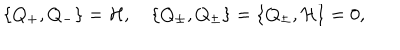
\{ Q _ { + } , Q _ { - } \} = { { \cal H } } , \quad \{ Q _ { \pm } , Q _ { \pm } \} = \{ Q _ { \pm } , { \cal H } \} = 0 ,